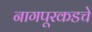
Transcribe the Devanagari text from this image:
नागपूरकडचे